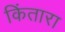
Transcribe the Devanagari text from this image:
किंतारा